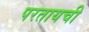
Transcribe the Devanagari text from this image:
परतायची